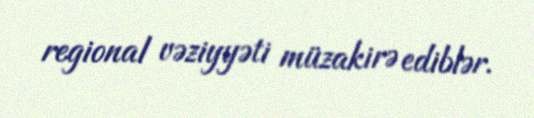
regional vəziyyəti müzakirə ediblər.